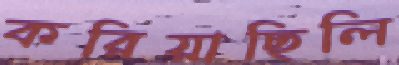
করিয়াছিলি